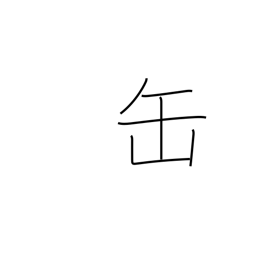
Meaning: tin can